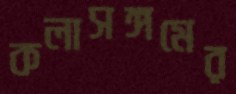
কলাসঙ্গমের